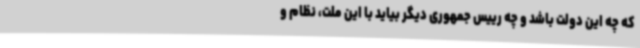
که چه این دولت باشد و چه رییس جمهوری دیگر بیاید با این ملت، نظام و